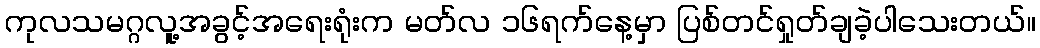
ကုလသမဂ္ဂလူ့အခွင့်အရေးရုံးက မတ်လ ၁၆ရက်နေ့မှာ ပြစ်တင်ရှုတ်ချခဲ့ပါသေးတယ်။